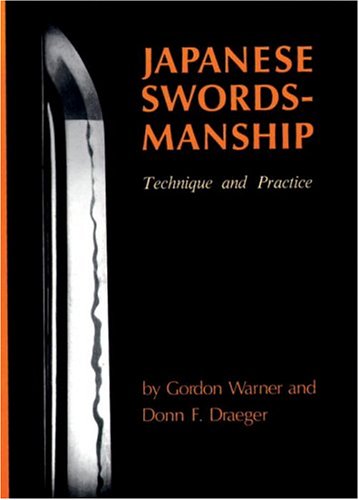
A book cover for Japanese Swordsmanship: Technique And Practice; Donn F. Draeger; Sports & Outdoors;